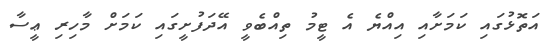
އަތޮޅުގައި ކަމަށާއި އިއްޔެ އެ ޓީމު ތިއްބެވީ އޭދަފުށީގައި ކަމަށް މާހިރި ޢީސާ